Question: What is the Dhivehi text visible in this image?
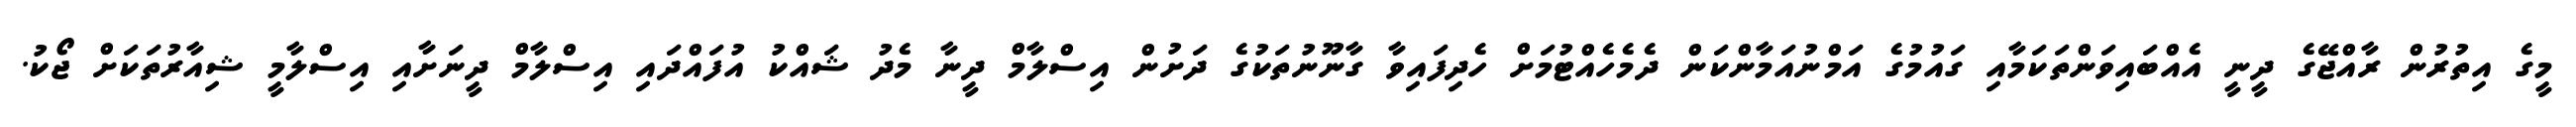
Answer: މީގެ އިތުރުން ރާއްޖޭގެ ދީނީ އެއްބައިވަންތަކަމާއި ގައުމުގެ އަމްނުއަމާންކަން ދެމެހެއްޓުމަށް ހެދިފައިވާ ގާނޫނުތަކުގެ ދަށުން އިސްލާމް ދީނާ މެދު ޝައްކު އުފައްދައި އިސްލާމް ދީނަށާއި އިސްލާމީ ޝިއާރުތަކަށް ޖޯކު.